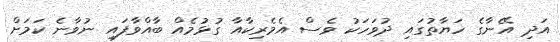
އަދި އޭނާގެ ހަޔާތުގައި ދުވަހަކު ވެސް އެމެރިކާއާ ގުޅުމެއް ބާއްވާފައި ނުވާނެ ކަމަށް